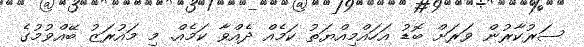
ސަރުކާރުން ވަރަށް ބޮޑު އަހައްމިއްޔަތު ކަމެއް ދެއްވާ ކަމެއް. މި މައުރަޒު ބޭއްވުމުގެ